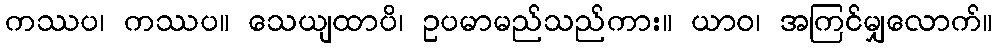
ကဿပ၊ ကဿပ။ သေယျထာပိ၊ ဥပမာမည်သည်ကား။ ယာဝ၊ အကြင်မျှလောက်။